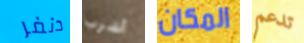
دنفر أشرب المكان تدعم